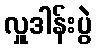
လှူဒါန်းပွဲ